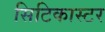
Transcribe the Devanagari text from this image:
सिटिकास्टर